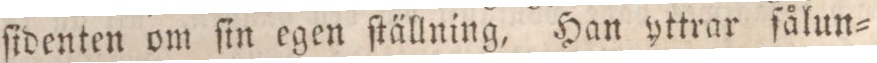
ſidenten om ſin egen ſtällning, Han yttrar ſålun=